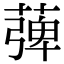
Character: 𦹽